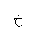
Letter: _kha